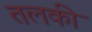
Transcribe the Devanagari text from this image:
तलकी